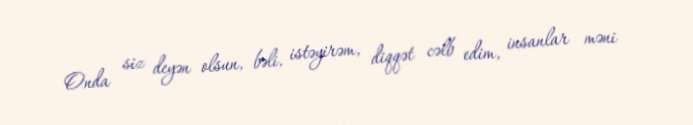
Onda siz deyən olsun, bəli, istəyirəm, diqqət cəlb edim, insanlar məni